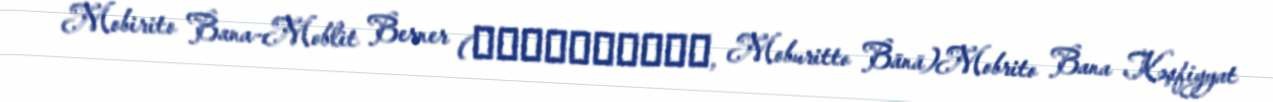
Mobirito Bana-Moblit Berner (モブリット・バーナー, Moburitto Bānā)Mobrito Bana Kəşfiyyat